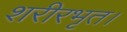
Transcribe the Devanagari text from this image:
शरीरभृत।